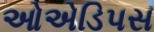
ઓએડિપસ